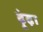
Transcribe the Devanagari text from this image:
ढ़ूंढ़ा